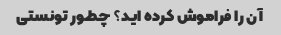
آن را فراموش کرده اید؟ چطور تونستی